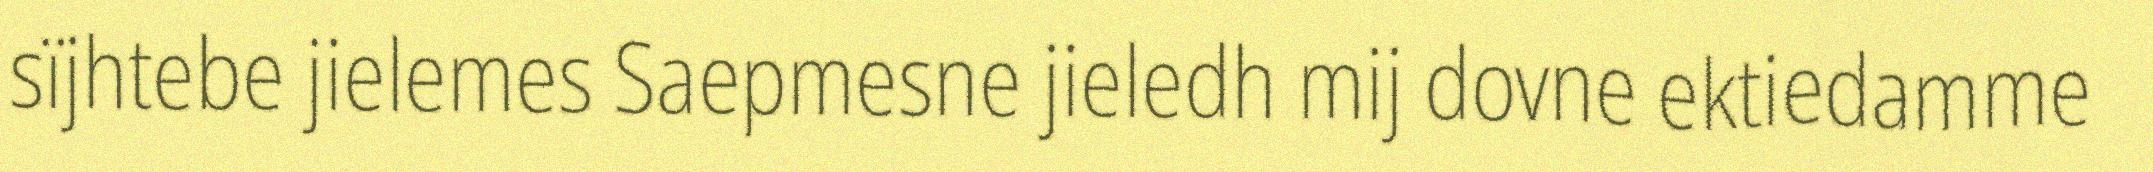
sïjhtebe jielemes Saepmesne jieledh mij dovne ektiedamme